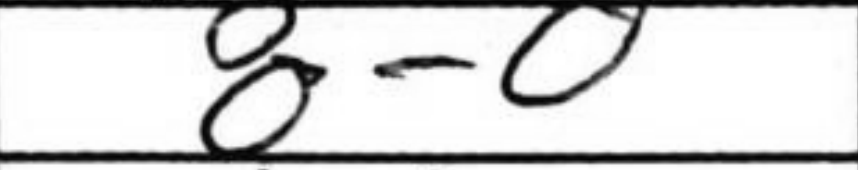
Transcription: O-O